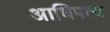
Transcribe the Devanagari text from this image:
अाधिपत्य